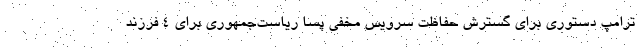
ترامپ دستوری برای گسترش حفاظت سرویس مخفی پسا ریاست‌جمهوری برای ۴ فرزند